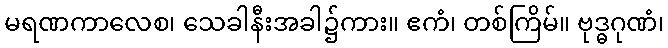
မရဏကာလေစ၊ သေခါနီးအခါ၌ကား။ ဧကံ၊ တစ်ကြိမ်။ ဗုဒ္ဓဂုဏံ၊